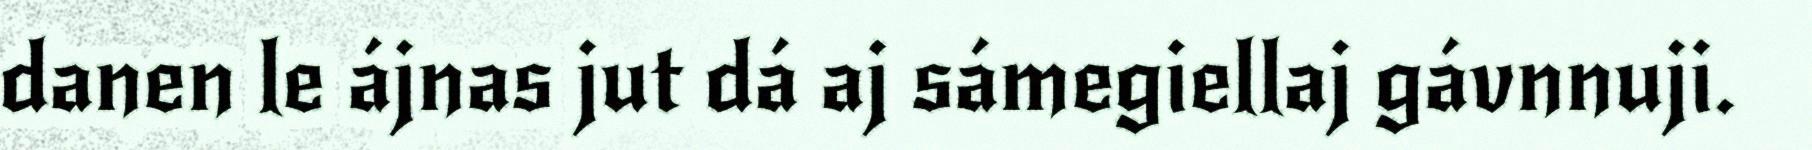
danen le ájnas jut dá aj sámegiellaj gávnnuji.